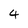
Character: 4